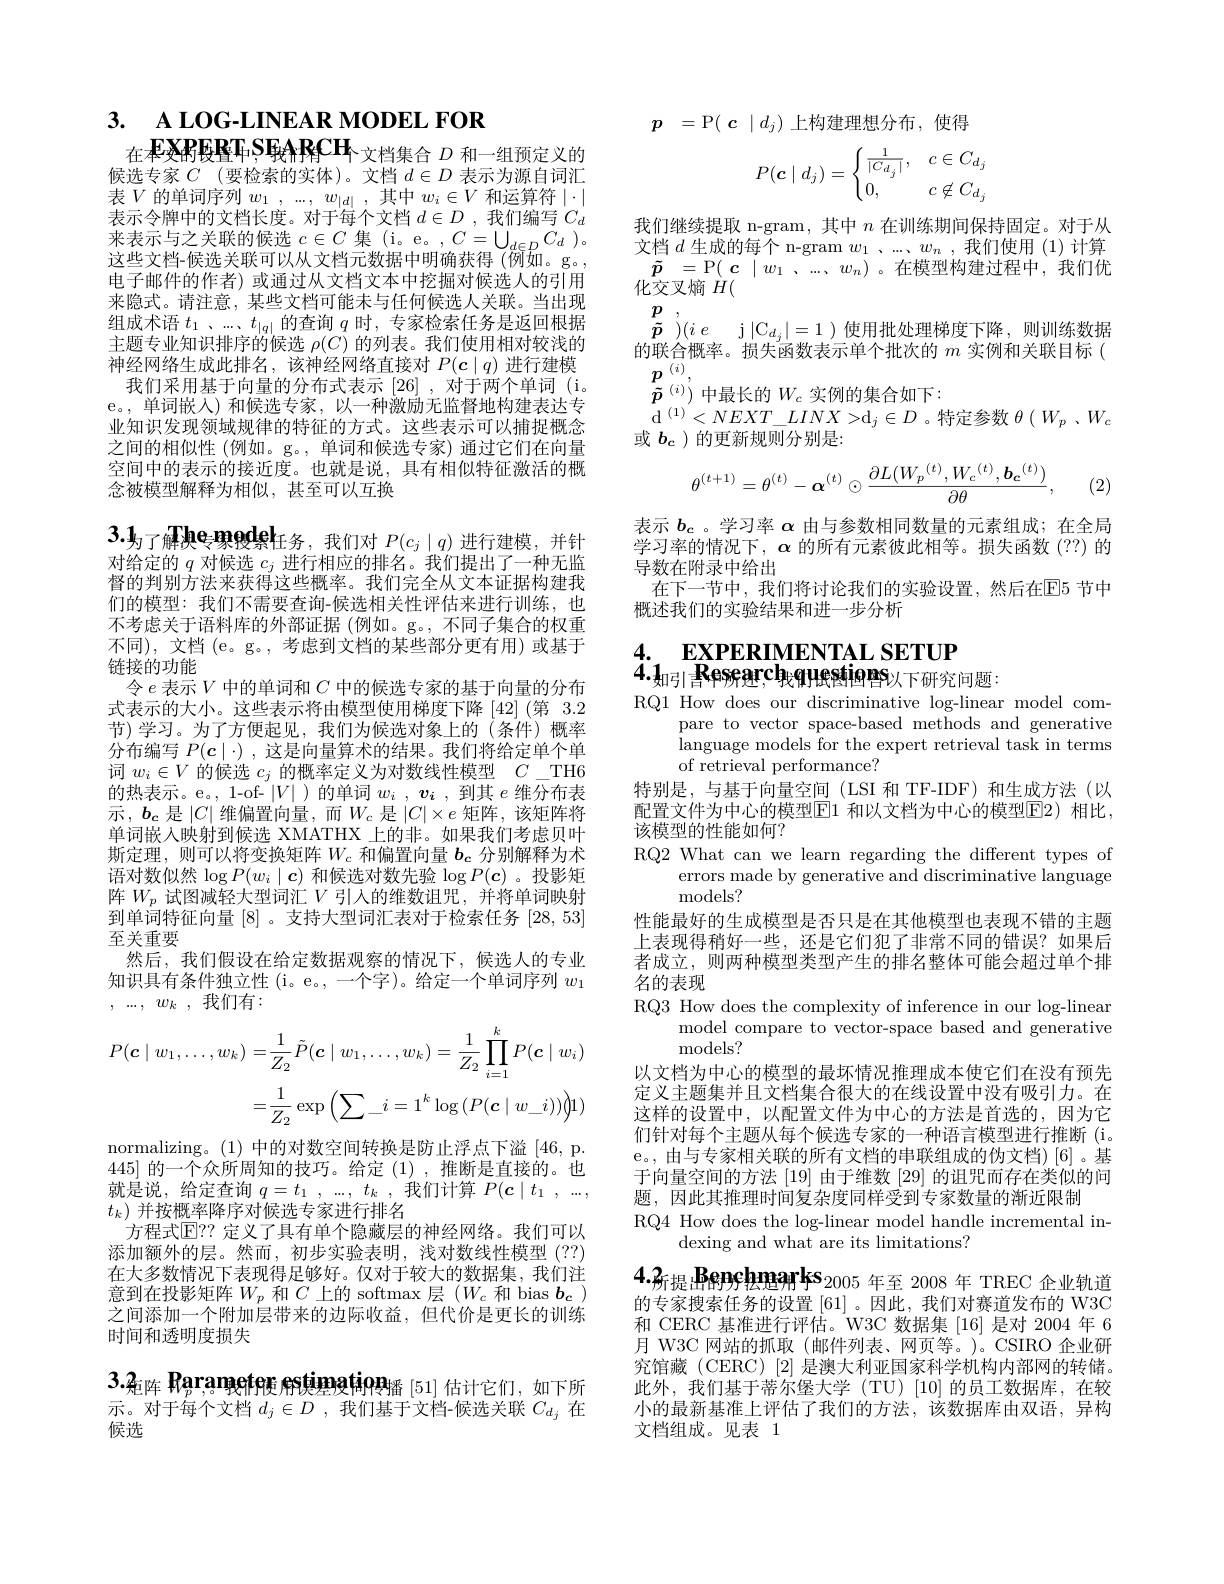
3. ALOG-LINEAR MODEL FOR
在$\textbf{FXRERT,SEARCH}_{\text{文档集合 }D\text{ 和一组预定义的}}$

候选专家$C$ (要检索的实体)。文档$d\in D$表示为源自词汇表$V$的单词序列$w_1,...,w_{|d|}$,其中$w_i\in V$和运算符$\mid\cdot\mid$ 表示令牌中的文档长度。对于每个文档$d\in D$ ,我们编写$C_d$ 来表示与之关联的候选$c\in C$集$(\mathrm{i}_{\mathrm{o}}\mathrm{e}_{\mathrm{o}},C=\bigcup_{d\in D}C_{d})$。这些文档-候选关联可以从文档元数据中明确获得(例如。g。, 电子邮件的作者)或通过从文档文本中挖掘对候选人的引用来隐式。请注意，某些文档可能未与任何候选人关联。当出现组成术语$t_1$ 、...、$t_|q|$的查询$q$时，专家检索任务是返回根据主题专业知识排序的候选$\rho(C)$的列表。我们使用相对较浅的神经网络生成此排名，该神经网络直接对$P(\boldsymbol{c}\mid q)$进行建模
我们采用基于向量的分布式表示[26] ,对于两个单词 (i。e。,单词嵌人)和候选专家，以一种激励无监督地构建表达专业知识发现领域规律的特征的方式。这些表示可以捕捉概念之间的相似性(例如。g。,单词和候选专家)通过它们在向量空间中的表示的接近度。也就是说，具有相似特征激活的概念被模型解释为相似，甚至可以互换

$3.1_\text{为了解决emgdel}{\text{任务，我们对 }P(c_j\mid q)\text{ 进行建模，并针}}$

对给定的$q$对候选$c_j$进行相应的排名。我们提出了一种无监督的判别方法来获得这些概率。我们完全从文本证据构建我们的模型：我们不需要查询-候选相关性评估来进行训练，也不考虑关于语料库的外部证据 (例如。g。, 不同子集合的权重不同), 文档 (e。g。, 考虑到文档的某些部分更有用) 或基于链接的功能
令$e$表示$V$中的单词和$C$中的候选专家的基于向量的分布式表示的大小。这些表示将由模型使用梯度下降[42](第 3.2节)学习。为了方便起见，我们为候选对象上的(条件)概率分布编写$P(\boldsymbol{c}\mid\cdot)$,这是向量算术的结果。我们将给定单个单词$w_i\in V$的候选$c_j$的概率定义为对数线性模型$C\_$TH6的热表示。e。, 1-of- $|V|$ )的单词$w_i$ $, \boldsymbol{\underset i{v}}$ ,到其$e$维分布表示，$b_{\mathbf{c}}$是$|C|$维偏置向量，而$W_c$是$|C|\times e$矩阵，该矩阵将单词嵌入映射到候选 XMATHX 上的非。如果我们考虑贝叶斯定理，则可以将变换矩阵$W_c$和偏置向量$b_c$分别解释为术语对数似然$\log P(w_i\mid\boldsymbol{c})$和候选对数先验$\log P(\boldsymbol{c})$ 。投影矩阵$W_p$试图减轻大型词汇$V$引人的维数诅咒，并将单词映射到单词特征向量[8] 。支持大型词汇表对于检索任务[28,53] 至关重要
然后，我们假设在给定数据观察的情况下，候选人的专业知识具有条件独立性 (i。e。,一个字)。给定一个单词序列$w_1$ $,...,w_k$,我们有：
$$\begin{aligned}P(\boldsymbol{c}\mid w_{1},\ldots,w_{k})=&\frac{1}{Z_{2}}\tilde{P}(\boldsymbol{c}\mid w_{1},\ldots,w_{k})=\frac{1}{Z_{2}}\prod_{i=1}^{k}P(\boldsymbol{c}\mid w_{i})\\=&\frac{1}{Z_{2}}\exp\left(\sum_{-}i=1^{k}\log\left(P(\boldsymbol{c}\mid w_{-}i)\right)\right)1)\end{aligned}$$
normalizing。(1) 中的对数空间转换是防止浮点下溢[46,p. 445]的一个众所周知的技巧。给定(1),推断是直接的。也就是说，给定查询$q= t_1$ $, \ldots $, $t_k$ ,我们计算$P( \boldsymbol{c}\mid t_1$ $, \ldots $, $t_k)$并按概率降序对候选专家进行排名
方程式$\mathbb{E}??$ 定义了具有单个隐藏层的神经网络。我们可以添加额外的层。然而，初步实验表明，浅对数线性模型(??) 在大多数情况下表现得足够好。仅对于较大的数据集，我们注意到在投影矩阵$W_p$和$C$上的 softmax 层$(W_c$和 bias $b_c)$ 之间添加一个附加层带来的边际收益，但代价是更长的训练时间和透明度损失

$3.2_{\text{矩阵 Rar, }\mathrm{meteg~estimatiog}}$播[51]估计它们，如下所

示。对于每个文档$d_j\in D$ ,我们基于文档-候选关联$C_{d_j}$在
候选

$p{}=$P$( \textbf{с }\mid d_j)$上构建理想分布，使得
$$P(\boldsymbol c\mid d_j)=\begin{cases}\frac{1}{|C_{d_j}|},&c\in C_{d_j}\\0,&c\not\in C_{d_j}\end{cases}$$
我们继续提取 n-gram, 其中$n$在训练期间保持固定。对于从文档$d$生成的每个 n-gram $w_1$ 、...、$w_n$ ,我们使用 (1)计算$\tilde{p}=$P$(\boldsymbol{c}\mid w_1\setminus...,w_n)$。在模型构建过程中，我们优$\bar{\text{化交叉熵 }H}($
$\begin{array} { c } {\tilde{\boldsymbol{p}} }\\ {\tilde{\boldsymbol{p}} }\end{array} ) ( i$ $e$ j $| \mathcal{C} _d_j| = 1$ ) 使 用 批 处 理 梯 度 下 降 , 则 训 练 数 据 $\\$的 联 合 概 率 。损 失 函 数 表 示 单 个 批 次 的 $m$ 实 例 和 关 联 目 标 (
$p^{(i)}$,
$\tilde{\boldsymbol{p}}^{(i)})$中最长的$W_c$ 实例的集合如下：
$\operatorname{d}^{(1)}<NEXT\_LINX>\operatorname{d}_{j}\in D$。特定参数$\theta\left(W_{p}\:、W_{c}\right)$
或$b_c$ )的更新规则分别是：
$$\theta^{(t+1)}=\theta^{(t)}-\boldsymbol{\alpha}^{(t)}\odot\frac{\partial L({W_{p}}^{(t)},{W_{c}}^{(t)},{\boldsymbol{b_{c}}}^{(t)})}{\partial\theta},$$
(2)

表示$b_c$ 。学习率$\alpha$由与参数相同数量的元素组成；在全局学习率的情况下，$\alpha$的所有元素彼此相等。损失函数(??)的导数在附录中给出
在下一节中，我们将讨论我们的实验设置，然后在回5 节中
概述我们的实验结果和进一步分析

# 4. EXPERIMENTAL SETUP $\ddot{4}.\mathbf{1}_\text{知引}{\mathrm{Researchequestions}}$以下研究问题：

RQ1 How does our discriminative log-linear model com-
pare to vector space-based methods and generative language models for the expert retrieval task in terms of retrieval performance?
特别是，与基于向量空间(LSI 和 TF-IDF) 和生成方法(以配置文件为中心的模型$\boxed{\mathrm{E}}1$ 和以文档为中心的模型$\boxed{\mathrm{F}}2)$ 相比， 该模型的性能如何？
RQ2 What can we learn regarding the different types of
errors made by generative and discriminative language
models?
性能最好的生成模型是否只是在其他模型也表现不错的主题上表现得稍好一些，还是它们犯了非常不同的错误？如果后者成立，则两种模型类型产生的排名整体可能会超过单个排名的表现
RQ3 How does the complexity of inference in our log-linear
model compare to vector-space based and generative
${\mathrm{models?}}$
以文档为中心的模型的最坏情况推理成本使它们在没有预先定义主题集并且文档集合很大的在线设置中没有吸引力。在这样的设置中，以配置文件为中心的方法是首选的，因为它们针对每个主题从每个候选专家的一种语言模型进行推断(i。e。,由与专家相关联的所有文档的串联组成的伪文档)[6]。基于向量空间的方法[19]由于维数[29]的诅咒而存在类似的问题，因此其推理时间复杂度同样受到专家数量的渐近限制
RQ4 How does the log-linear model handle incremental in-
dexing and what are its limitations?
$4.3_{\text{所提出Benychmarks}_{2005\text{ 年至 2008 年 TREC 企业轨道}}}$ 的专家搜索任务的设置 [61] 。因此，我们对赛道发布的 W3C 和 CERC 基准进行评估。W3C 数据集 [16]是对 2004 年 6月 W3C 网站的抓取(邮件列表、网页等。)。CSIRO 企业研究馆藏 (CERC) [2] 是澳大利亚国家科学机构内部网的转储。此外，我们基于蒂尔堡大学(TU)[10]的员工数据库，在较小的最新基准上评估了我们的方法，该数据库由双语，异构文档组成。见表 1